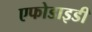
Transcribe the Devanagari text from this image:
एफोडाइडी